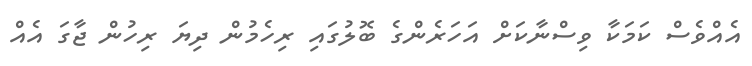
އެއްވެސް ކަމަކާ ވިސްނާކަށް އަހަރެންގެ ބޮލުގައި ރިހެމުން ދިޔަ ރިހުން ޖާގަ އެއް